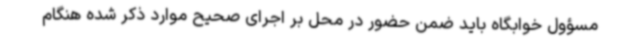
مسؤول خوابگاه باید ضمن حضور در محل بر اجرای صحیح موارد ذکر شده هنگام